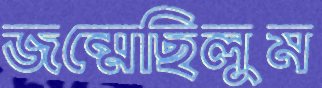
জন্মেছিলুম